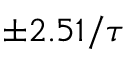
\pm 2 . 5 1 / \tau